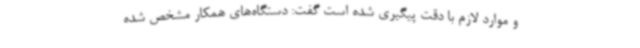
و موارد لازم با دقت پیگیری شده است گفت: دستگاه‌های همکار مشخص شده